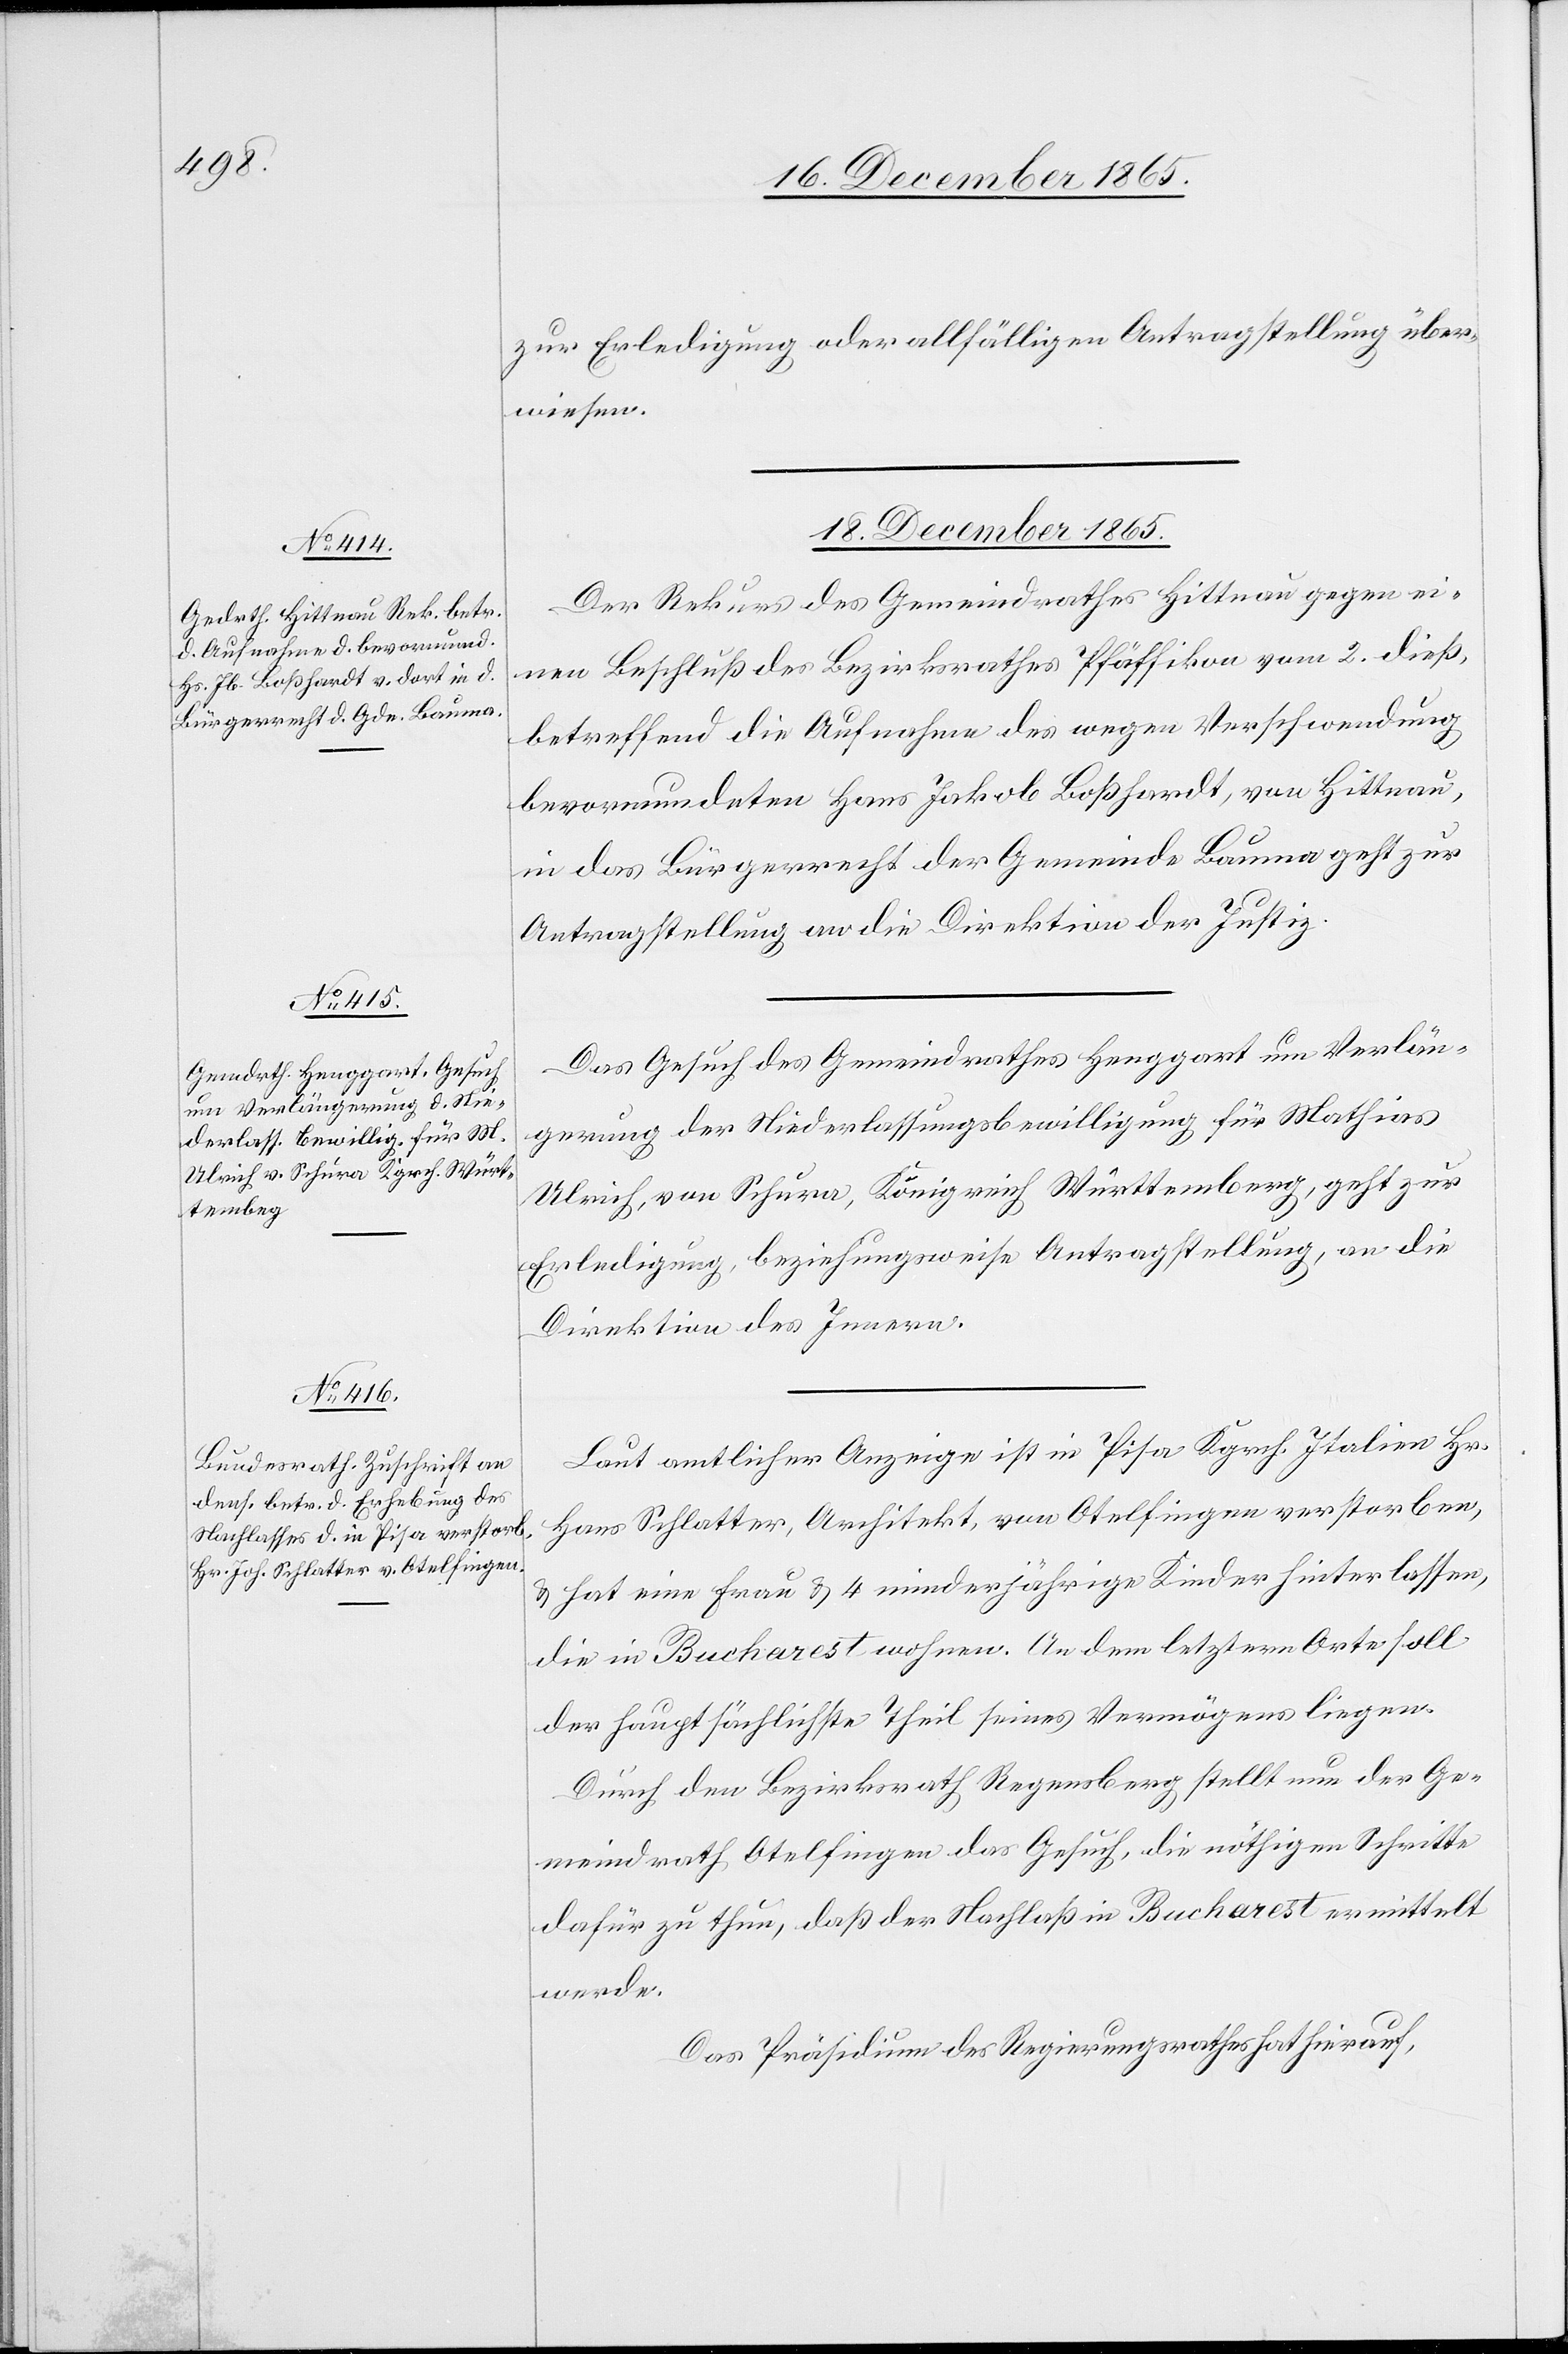
zur Erledigung oder allfälliger Antragstellung über¬
wiesen.
18. December 1865.]
Der Rekurs des Gemeindrathes Hittnau gegen ei¬
nen Beschluß des Bezirksrathes Pfäffikon vom 2. dieß,
betreffend die Aufnahme des wegen Verschwendung
bevormundeten Hans Jakob Boßhardt, von Hittnau,
in das Bürgerrecht der Gemeinde Bauma geht zur
Antragstellung an die Direktion der Justiz.
Das Gesuch des Gemeindrathes Henggart um Verlän¬
gerung der Niederlassungsbewilligung für Mathias
Ulrich, von Schura, Königreich Württemberg, geht zur
Erledigung, beziehungsweise Antragstellung, an die
Direktion des Innern.
Laut amtlicher Anzeige ist in Pisa Kgrch. Italien Hr.
Schlatter, Architekt, von Otelfingen verstorben,
& hat eine Frau & 4 minderjährige Kinder hinterlassen,
die in Bucharest wohnen. An dem letztern Orte soll
der hauptsächliche Theil seines Vermögens liegen.
Durch den Bezirksrath Regensberg stellt nun der Ge¬
meindrath Otelfingen das Gesuch, die nöthigen Schritte
dafür zu thun, daß der Nachlaß in Bucharest ermittelt
werde.
Das Präsidium des Regierungsrathes hat hierauf,